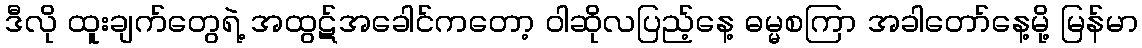
ဒီလို ထူးချက်တွေရဲ့ အထွဋ်အခေါင်ကတော့ ဝါဆိုလပြည့်နေ့ ဓမ္မစကြာ အခါတော်နေ့မို့ မြန်မာ